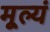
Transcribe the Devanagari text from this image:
मूल्यं